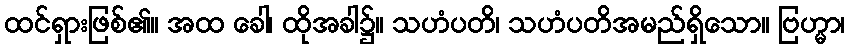
ထင်ရှားဖြစ်၏။ အထ ခေါ၊ ထိုအခါ၌။ သဟံပတိ၊ သဟံပတိအမည်ရှိသော။ ဗြဟ္မာ၊